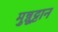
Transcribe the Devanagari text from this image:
मुन्नूट्टान